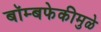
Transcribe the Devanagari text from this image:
बॉम्बफेकीमुळे